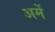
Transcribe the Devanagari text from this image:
अर्मे